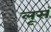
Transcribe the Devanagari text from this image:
लूसं